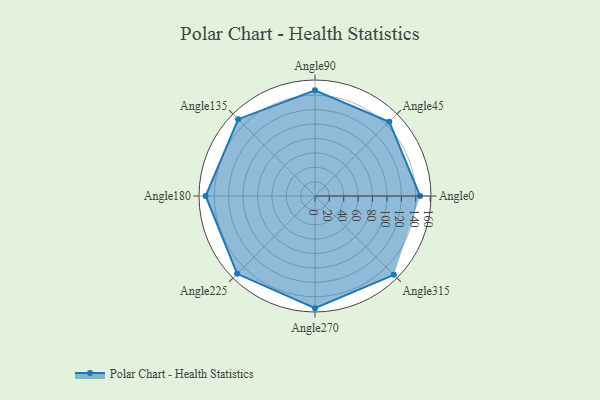
{"axis": {"x": "Angle", "y": "Radius"}, "legend": [""], "data": [{"x": "Angle0", "y": 146.0, "type": ""}, {"x": "Angle45", "y": 146.0, "type": ""}, {"x": "Angle90", "y": 147.0, "type": ""}, {"x": "Angle135", "y": 151.0, "type": ""}, {"x": "Angle180", "y": 152.0, "type": ""}, {"x": "Angle225", "y": 153.0, "type": ""}, {"x": "Angle270", "y": 156.0, "type": ""}, {"x": "Angle315", "y": 155.0, "type": ""}]}